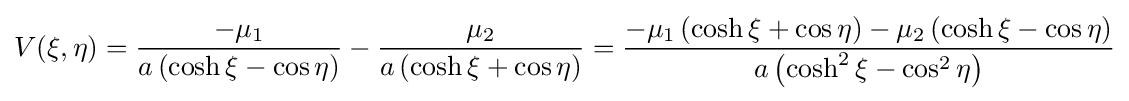
V(\xi ,\eta )={\frac {-\mu _{1}}{a\left(\cosh \xi -\cos \eta \right)}}-{\frac {\mu _{2}}{a\left(\cosh \xi +\cos \eta \right)}}={\frac {-\mu _{1}\left(\cosh \xi +\cos \eta \right)-\mu _{2}\left(\cosh \xi -\cos \eta \right)}{a\left(\cosh ^{2}\xi -\cos ^{2}\eta \right)}}